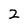
Character: 2